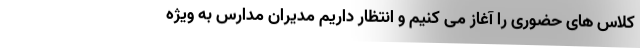
کلاس های حضوری را آغاز می کنیم و انتظار داریم مدیران مدارس به ویژه